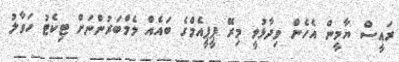
ރައީސް ޔާމީން އެހެން ވިދާޅުވީ މިރޭ ޕީޕީއެމްގެ ބައެއް މެމްބަރުންނަށް ޓިކެޓު ހަވާލު